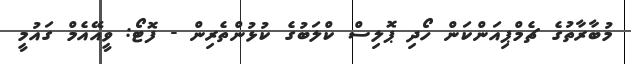
މުބާރާތުގެ ޗެމްޕިއަންކަން ހޯދި ޕޮލިސް ކްލަބުގެ ކުޅުންތެރިން - ފޮޓޯ: ވީއޭއެމް ގައުމީ